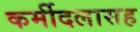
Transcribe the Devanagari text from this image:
कर्मीदलासह